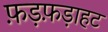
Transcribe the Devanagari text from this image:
फ़ड़फ़ड़ाहट